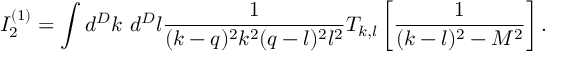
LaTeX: I _ { 2 } ^ { ( 1 ) } = \int d ^ { D } k ~ d ^ { D } l \frac { 1 } { ( k - q ) ^ { 2 } k ^ { 2 } ( q - l ) ^ { 2 } l ^ { 2 } } T _ { k , l } \left[ \frac { 1 } { ( k - l ) ^ { 2 } - M ^ { 2 } } \right] .